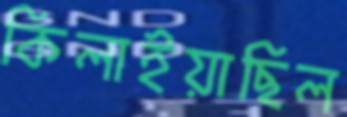
কিলাইয়াছিল